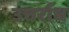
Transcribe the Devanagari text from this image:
उत्तर्राध